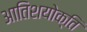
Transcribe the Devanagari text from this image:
आतिशयोक्ति